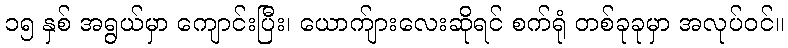
၁၅ နှစ် အရွယ်မှာ ကျောင်းပြီး၊ ယောက်ျားလေးဆိုရင် စက်ရုံ တစ်ခုခုမှာ အလုပ်ဝင်။